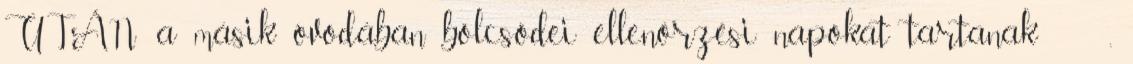
UTÁN a másik óvodában bölcsődei ellenőrzési napokat tartanak ,